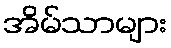
အိမ်သာများ